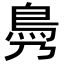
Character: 𩾖